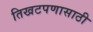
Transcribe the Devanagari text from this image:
तिखटपणासाठी